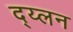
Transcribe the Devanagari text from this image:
द्य्लन